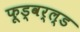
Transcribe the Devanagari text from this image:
फूड्वर्ल्ड